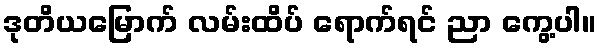
ဒုတိယမြောက် လမ်းထိပ် ရောက်ရင် ညာ ကွေ့ပါ။